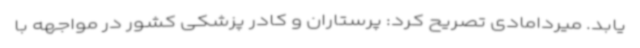
یابد. میردامادی تصریح کرد: پرستاران و کادر پزشکی کشور در مواجهه با